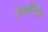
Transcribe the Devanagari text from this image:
ऐन्तोनिएट